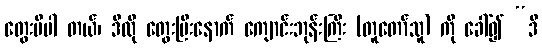
တွေးမိပါ တယ်၊ ဒီလို တွေးပြီးနောက် ကျောင်းဘုန်းကြီး (တူတော်သူ) ကို ခေါ်၍ “ဒီ